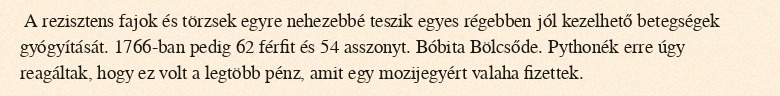
A rezisztens fajok és törzsek egyre nehezebbé teszik egyes régebben jól kezelhető betegségek gyógyítását. 1766-ban pedig 62 férfit és 54 asszonyt. Bóbita Bölcsőde. Pythonék erre úgy reagáltak, hogy ez volt a legtöbb pénz, amit egy mozijegyért valaha fizettek.